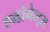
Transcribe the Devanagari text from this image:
एन्डोमेन्ट्‌स